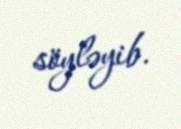
söyləyib.